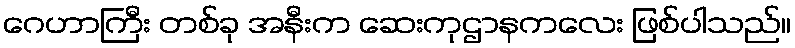
ဂေဟာကြီး တစ်ခု အနီးက ဆေးကုဌာနကလေး ဖြစ်ပါသည်။